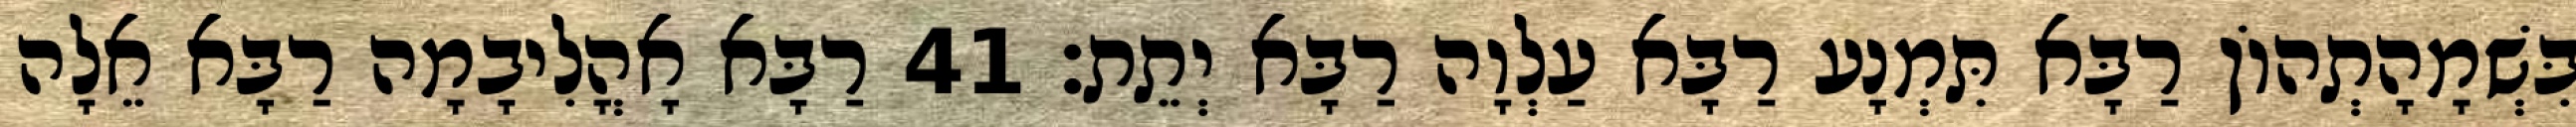
בִּשְׁמָהָתְהוֹן רַבָּא תִּמְנָע רַבָּא עַלְוָה רַבָּא יְתֵת׃ 41 רַבָּא אָהֳלִיבָמָה רַבָּא אֵלָה